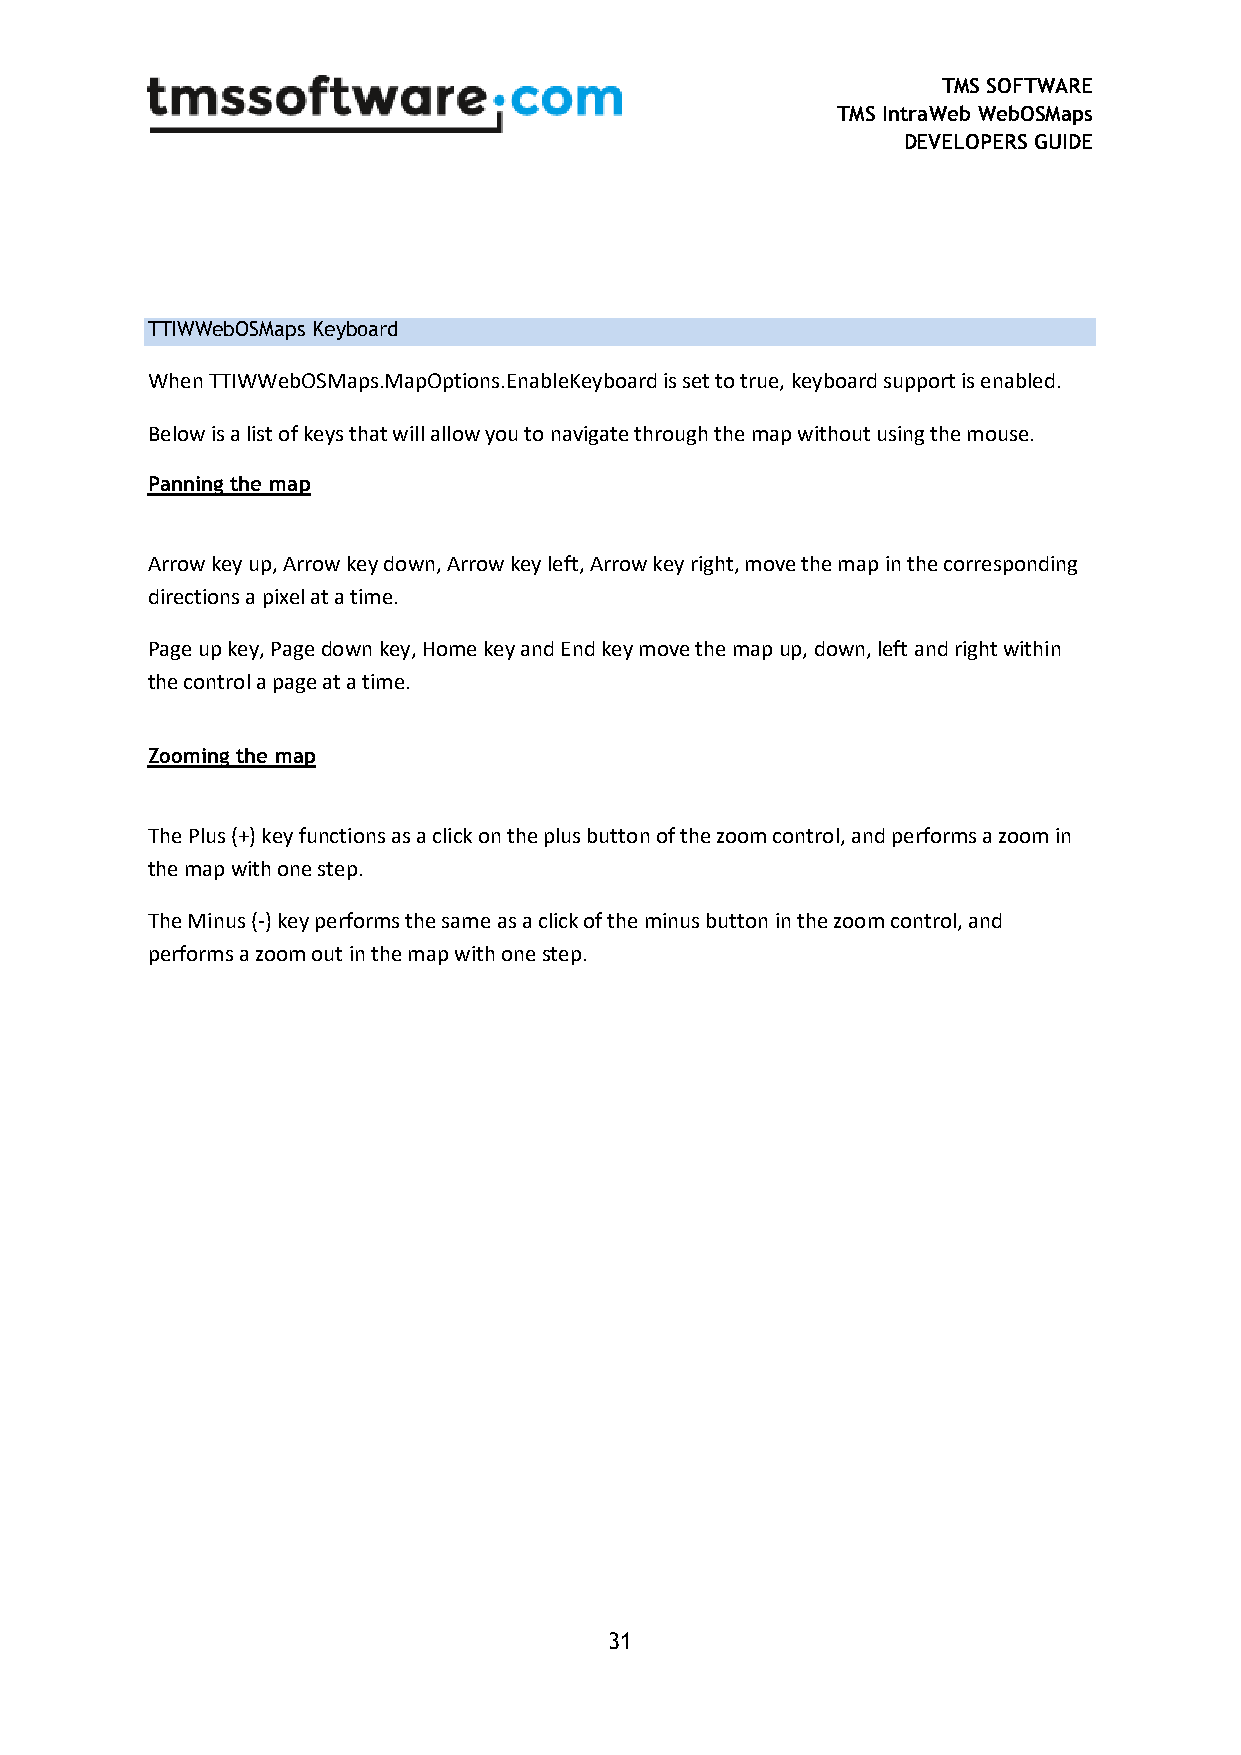
TMS SOFTWARE
 TMS IntraWeb WebOSMaps
 DEVELOPERS GUIDE
 TTIWWebOSMaps Keyboard
 When TTIWWebOSMaps.MapOptions.EnableKeyboard is set to true, keyboard support is enabled.
 Below is a list of keys that will allow you to navigate through the map without using the mouse.
 Panning the map
 Arrow key up, Arrow key down, Arrow key left, Arrow key right, move the map in the corresponding
 directions a pixel at a time.
 Page up key, Page down key, Home key and End key move the map up, down, left and right within
 the control a page at a time.
 Zooming the map
 The Plus (+) key functions as a click on the plus button of the zoom control, and performs a zoom in
 the map with one step.
 The Minus (-) key performs the same as a click of the minus button in the zoom control, and
 performs a zoom out in the map with one step.
 31